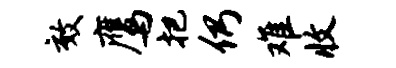
效鹰把仍难收